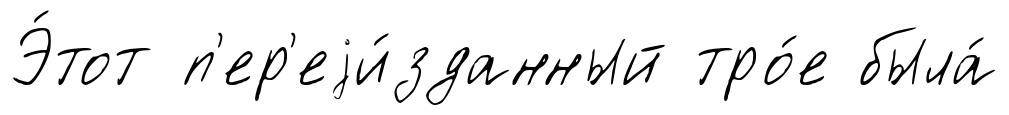
Э́тот п'ер'еjи́зданный тро́е была́